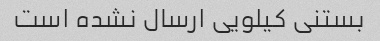
بستنی کیلویی ارسال نشده است